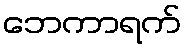
ဘေကာရက်